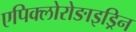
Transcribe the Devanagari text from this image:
एपिक्लोरोङाइड्रिन